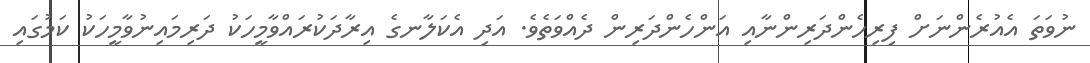
ނުވަތަ އެއުރެންނަށް ފިރިހެންދަރިންނާއި އަންހެންދަރިން ދެއްވަތެވެ. އަދި އެކަލާނގެ އިރާދަކުރައްވާމީހަކު ދަރިމައިނުވާމީހަކު ކަމުގައި